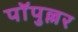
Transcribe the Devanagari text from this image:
पॉपुल्लर